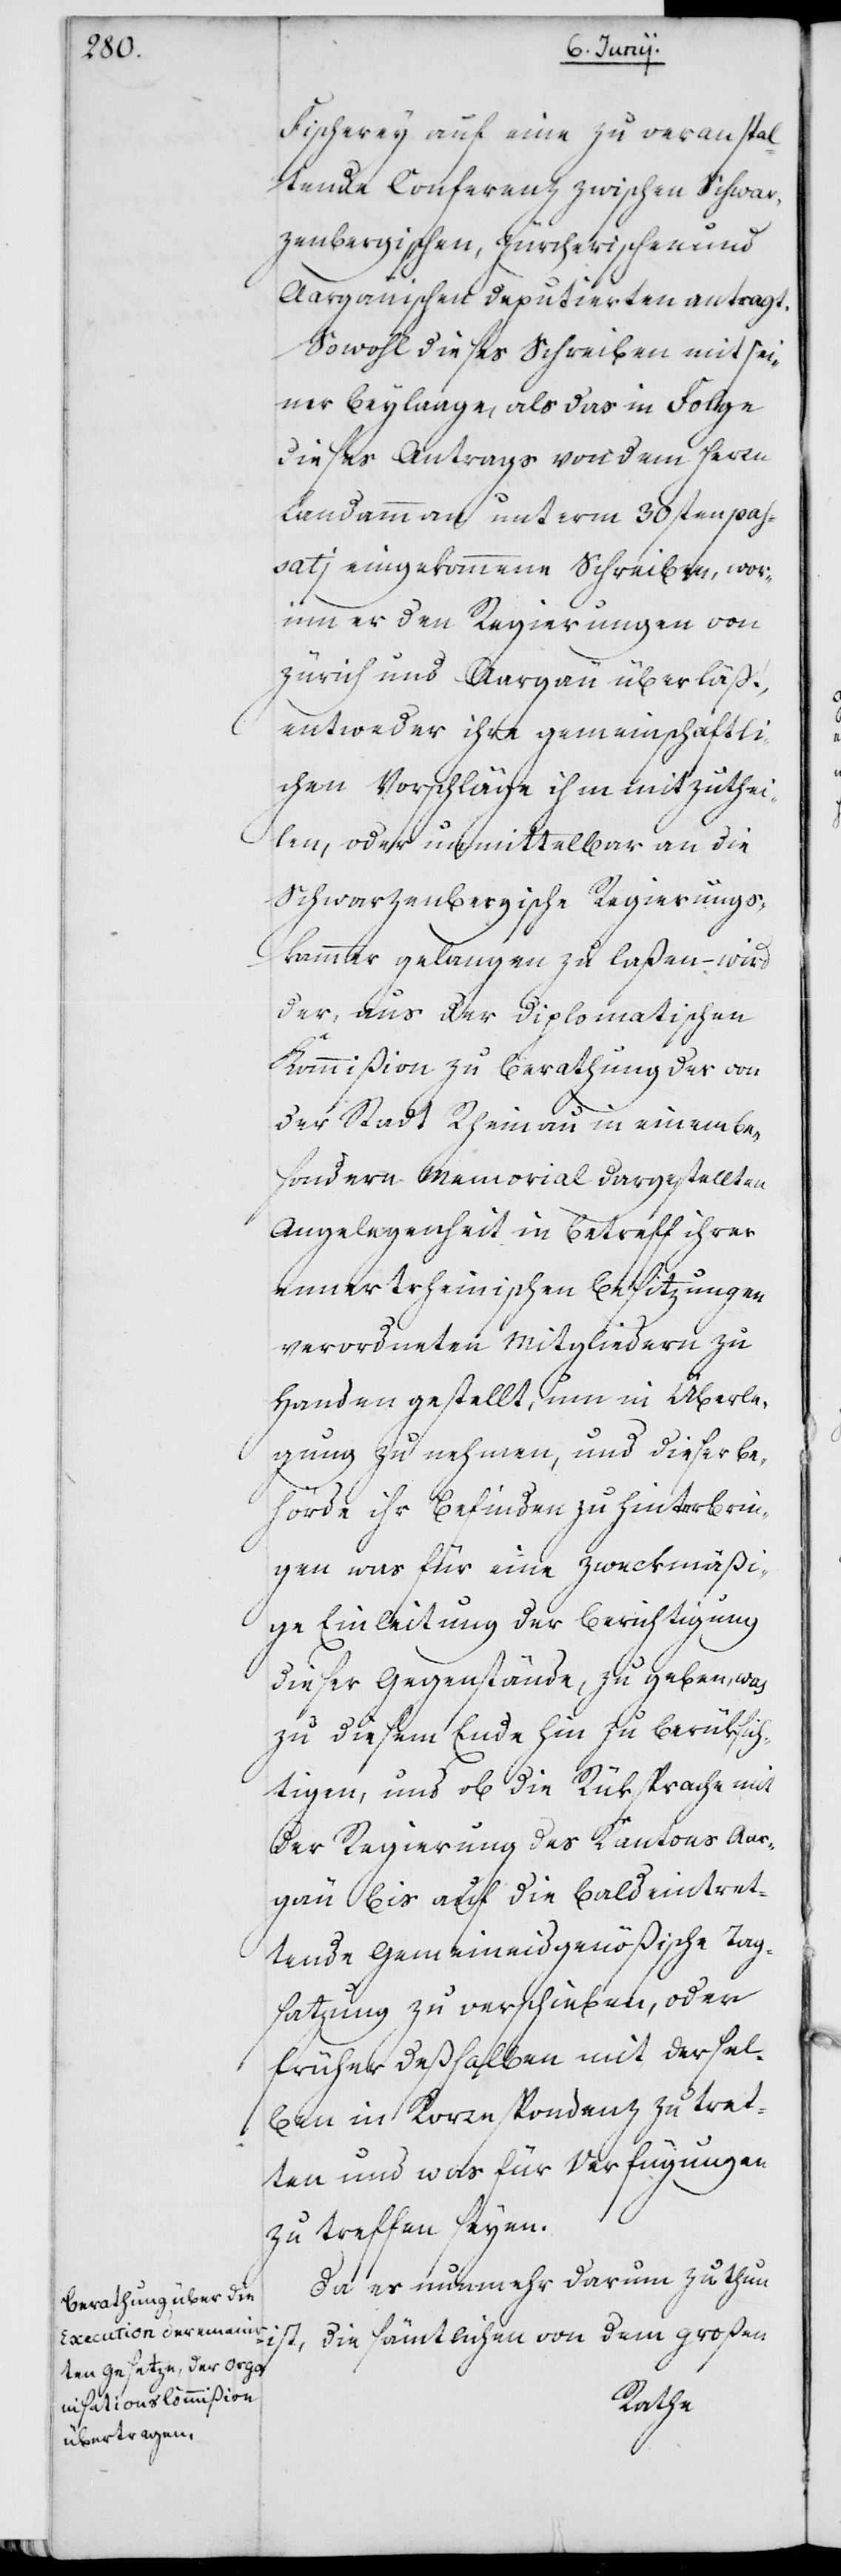
Fischerey auf eine zu veranstal¬
tende Conferenz zwischen Schwar¬
zenbergischen, Zürcherischen und
Aargauischen Deputierten antragt.
Sowohl dieses Schreiben mit sei¬
ner Beylaage, als das in Folge
dieses Antrags von dem Herrn
Landammann unterm 30sten pas¬
sati eingekommene Schreiben, wor¬
inn er den Regierungen von
Zürich und Aargau überläßt,
entweder ihre gemeinschaftli¬
chen Vorschläge ihm mitzuthei¬
len, oder unmittelbar an die
Schwarzenbergische Regierungs¬
kammer gelangen zu laßen – wird
der, aus der diplomatischen
Kommißion zu Berathung der von
der Stadt Rheinau in einem bes¬
ondern Memorial dargestellten
Angelegenheit in Betreff ihrer
ennertrheinischen Besitzungen
verordneten Mitgliedern zu
Handen gestellt, um in Überle¬
gung zu nehmen, und dieser Be¬
hörde ihr Befinden zu hinterbrin¬
gen, was für eine zweckmäßi¬
ge Einleitung der Berichtigung
dieser Gegenstände zu geben, was
zu diesem Ende hin zu berüksich¬
tigen, und ob die Rüksprache mit
der Regierung des Kantons Aar¬
gau bis auf die bald eintret¬
tende Gemeineidgenößische Tag¬
satzung zu verschieben, oder
früher deßhalben mit dersel¬
ben in Korrespondenz zu tret¬
ten und was für Verfügungen
zu treffen seyen.
Da es nunmehr darum zu thun
ist, die sämtlichen von dem großen